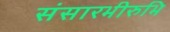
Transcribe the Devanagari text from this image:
संसारभीरुभि